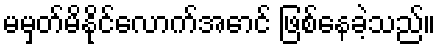
မမှတ်မိနိုင်လောက်အောင် ဖြစ်နေခဲ့သည်။